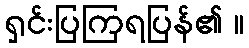
ရှင်းပြကြရပြန်၏ ။